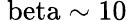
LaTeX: \mathrm{\ beta\sim 10}